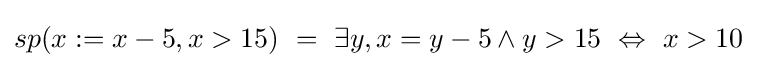
sp(x:=x-5,x>15)\ =\ \exists y,x=y-5\wedge y>15\ \Leftrightarrow \ x>10